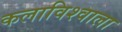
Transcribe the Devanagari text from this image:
कलाविश्वाला